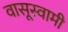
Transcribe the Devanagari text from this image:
वासूस्वामी